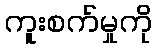
ကူးစက်မှုကို